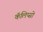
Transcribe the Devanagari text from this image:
कॅलिप्सो